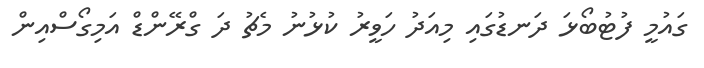
ގައުމީ ފުޓުބޯޅަ ދަނޑުގައި މިއަދު ހަވީރު ކުޅުނު މެޗު ދަ ގްރޭންޑް އަމިގޯސްއިން